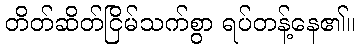
တိတ်ဆိတ်ငြိမ်သက်စွာ ရပ်တန့်နေ၏။